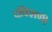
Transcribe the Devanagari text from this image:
दक्शिणी